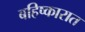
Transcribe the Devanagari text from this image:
बहिष्कारात